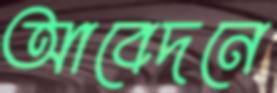
আবেদনে